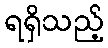
ရရှိသည့်